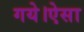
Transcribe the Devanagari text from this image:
गये।ऐसा